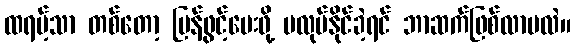
ထရမ့်သာ တစ်တော့ ပြန်ဖွင့်ပေးဖို့ မလုပ်နိုင်ခဲ့ရင် ဘာဆက်ဖြစ်လာမလဲ။